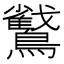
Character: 𮭜